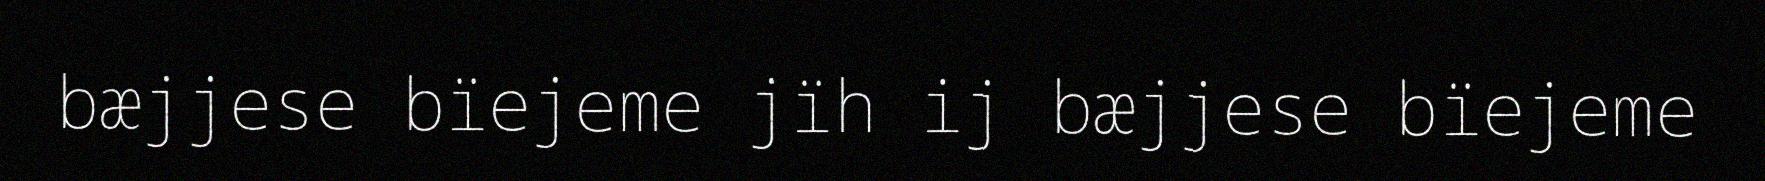
bæjjese bïejeme jïh ij bæjjese bïejeme